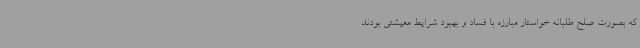
که بصورت صلح طلبانه خواستار مبارزه با فساد و بهبود شرایط معیشتی بودند